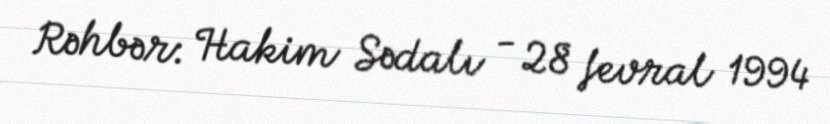
Rəhbər: Hakim Sədalı - 28 fevral 1994